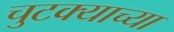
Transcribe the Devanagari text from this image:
चुटक्याच्या